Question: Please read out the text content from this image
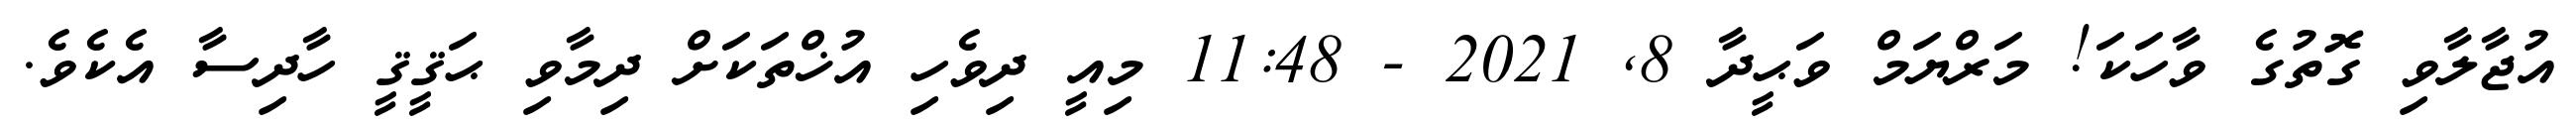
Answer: އުޖާލާވި ގޮތުގެ ވާހަކަ! މަރްޔަމް ވަޙީދާ 8, 2021 - 11:48 މިއީ ދިވެހި އުޚްތަކަށް ދިމާވި ޙަޤީޤީ ހާދިސާ އެކެވެ.